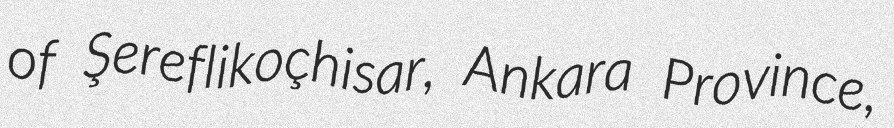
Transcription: of Şereflikoçhisar, Ankara Province,